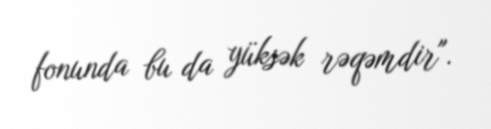
fonunda bu da yüksək rəqəmdir".